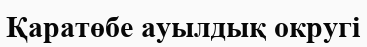
Қаратөбе ауылдық округі